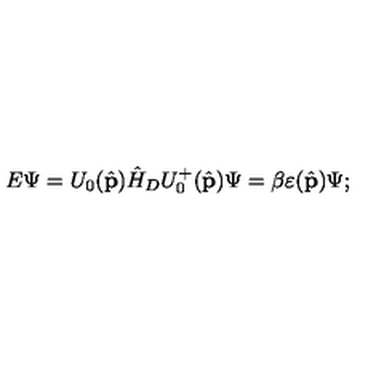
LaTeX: E \Psi = U _ { 0 } ( \hat { \bf p } ) \hat { H } _ { D } U _ { 0 } ^ { + } ( \hat { \bf p } ) \Psi = \beta \varepsilon ( \hat { \bf p } ) \Psi ;